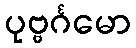
ပုဗ္ဗင်္ဂမော